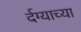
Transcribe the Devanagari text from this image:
र्दग्याच्या